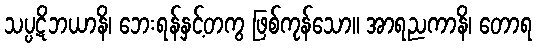
သပ္ပဋိဘယာနိ၊ ဘေးရန်နှင့်တကွ ဖြစ်ကုန်သော။ အာရညကာနိ၊ တောရ